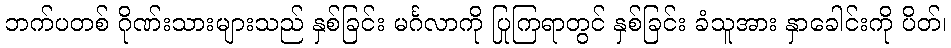
ဘက်ပတစ် ဂိုဏ်းသားများသည် နှစ်ခြင်း မင်္ဂလာကို ပြုကြရာတွင် နှစ်ခြင်း ခံသူအား နှာခေါင်းကို ပိတ်၊